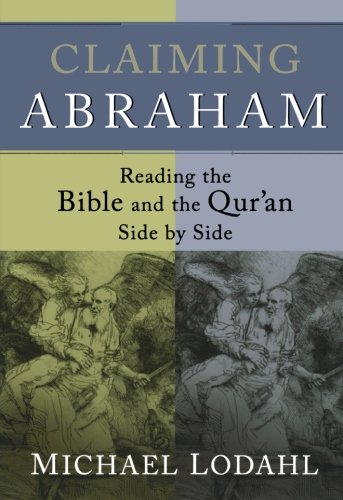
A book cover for Claiming Abraham: Reading the Bible and the Qur'an Side by Side; Michael Lodahl; Religion & Spirituality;